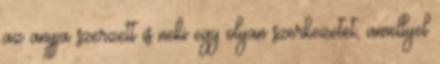
az anyja szerzett is neki egy olyan szerkezetet, amellyel